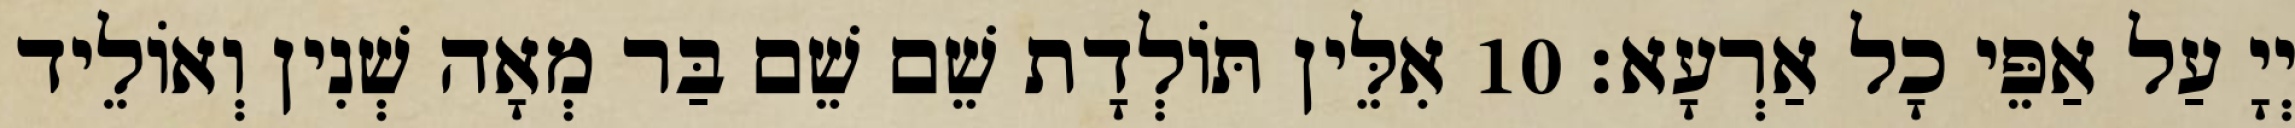
יְיָ עַל אַפֵּי כָל אַרְעָא׃ 10 אִלֵּין תּוֹלְדָת שֵׁם שֵׁם בַּר מְאָה שְׁנִין וְאוֹלֵיד